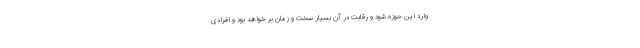
وارد این حوزه شود و رقابت در آن بسیار سخت و زمان بر خواهد بود و افرادی